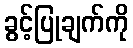
ခွင့်ပြုချက်ကို